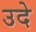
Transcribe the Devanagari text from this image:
उदे